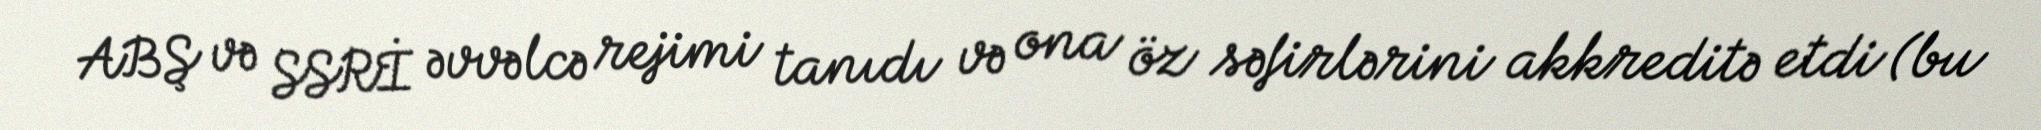
ABŞ və SSRİ əvvəlcə rejimi tanıdı və ona öz səfirlərini akkreditə etdi (bu